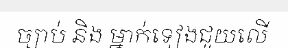
ច្បាប់ និង ម្នាក់ទៀងជួយលើ